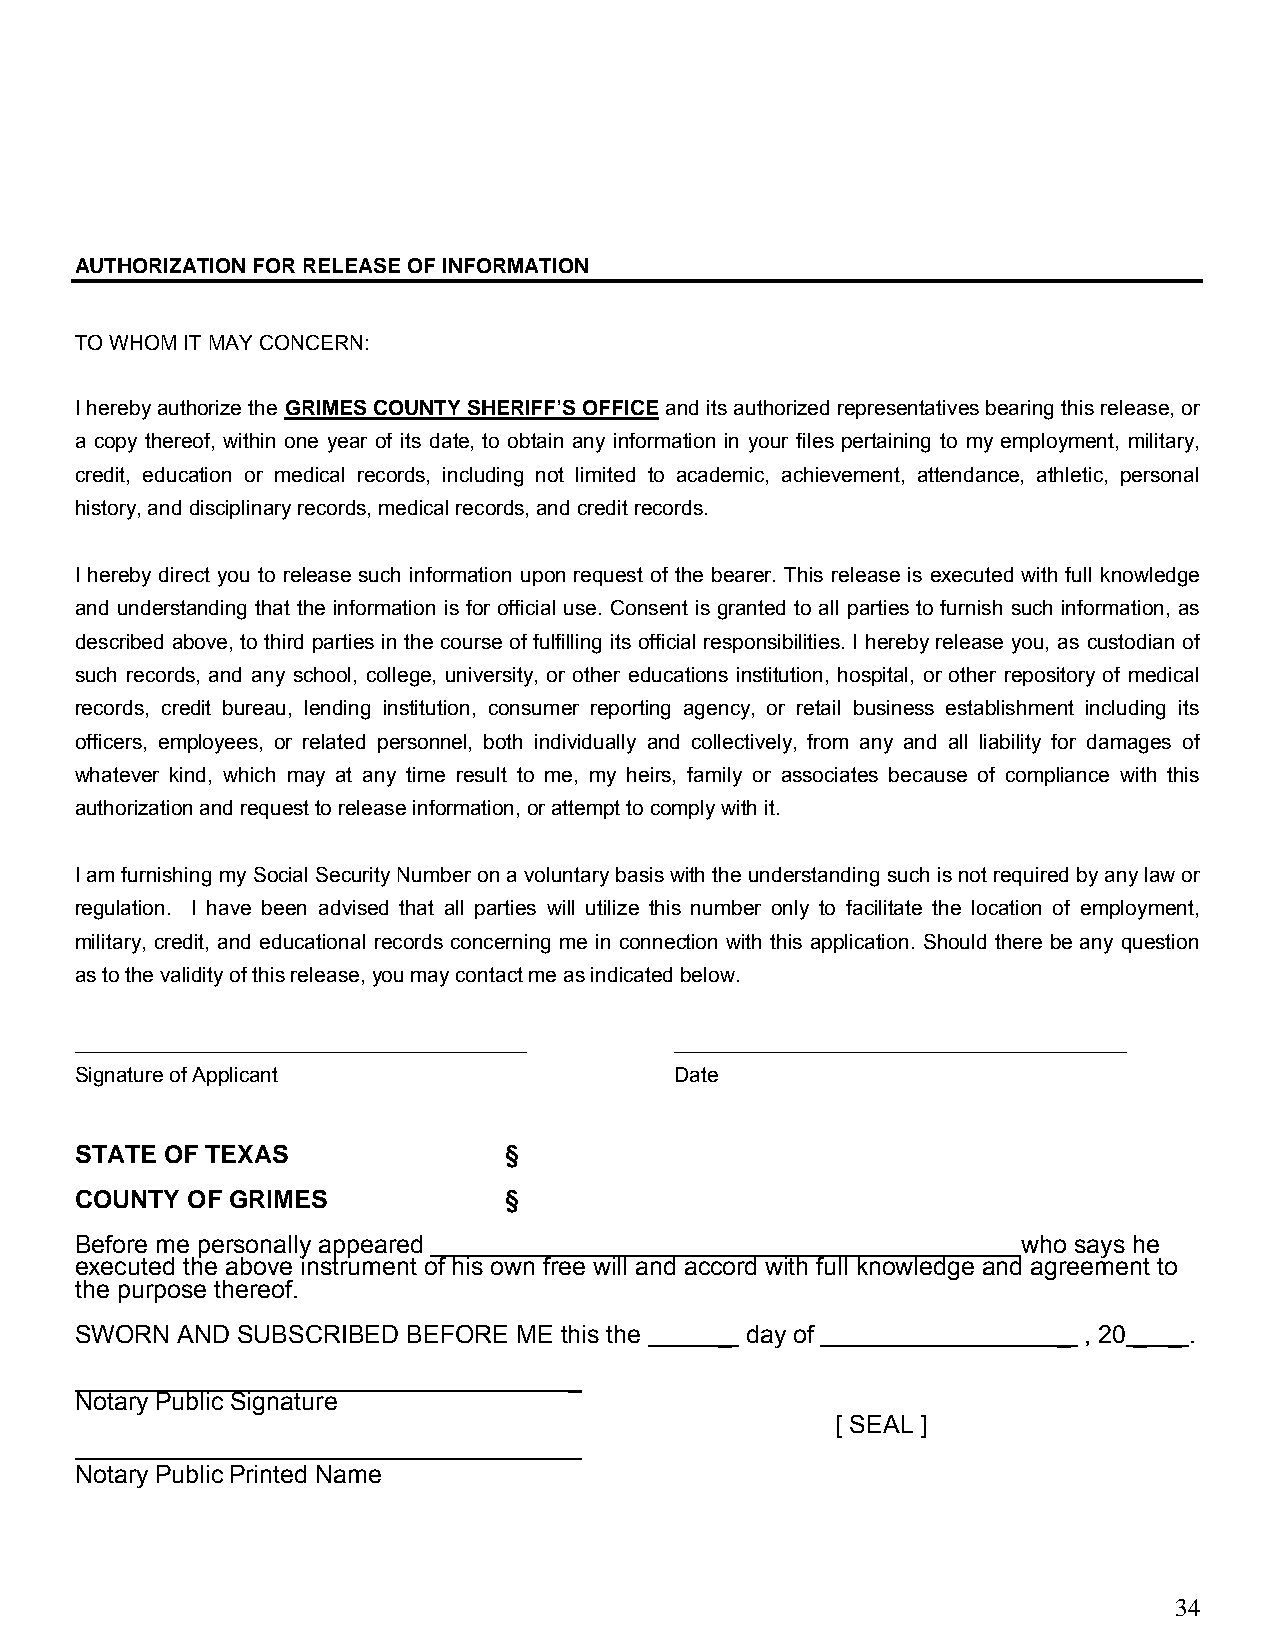
AUTHORIZATION FOR RELEASE OF INFORMATION
 TO WHOM IT MAY CONCERN:
 I hereby authorize the GRIMES COUNTY SHERIFF’S OFFICE and its authorized representatives bearing this release, or
 a copy thereof, within one year of its date, to obtain any information in your files pertaining to my employment, military,
 credit, education or medical records, including not limited to academic, achievement, attendance, athletic, personal
 history, and disciplinary records, medical records, and credit records.
 I hereby direct you to release such information upon request of the bearer. This release is executed with full knowledge
 and understanding that the information is for official use. Consent is granted to all parties to furnish such information, as
 described above, to third parties in the course of fulfilling its official responsibilities. I hereby release you, as custodian of
 such records, and any school, college, university, or other educations institution, hospital, or other repository of medical
 records, credit bureau, lending institution, consumer reporting agency, or retail business establishment including its
 officers, employees, or related personnel, both individually and collectively, from any and all liability for damages of
 whatever kind, which may at any time result to me, my heirs, family or associates because of compliance with this
 authorization and request to release information, or attempt to comply with it.
 I am furnishing my Social Security Number on a voluntary basis with the understanding such is not required by any law or
 regulation. I have been advised that all parties will utilize this number only to facilitate the location of employment,
 military, credit, and educational records concerning me in connection with this application. Should there be any question
 as to the validity of this release, you may contact me as indicated below.
 _______________________________________ _______________________________________
 Signature of Applicant                  Date
 STATE OF TEXAS              §
 COUNTY OF GRIMES            §
 Before me personally appeared                                  who says he
 executed the above instrument of his own free will and accord with full knowledge and agreement to
 the purpose thereof.
 SWORN  AND SUBSCRIBED BEFORE ME this the   _ day of              _ , 20 _ _ .
 _
 Notary Public Signature
 [ SEAL ]
 _
 Notary Public Printed Name
 34